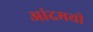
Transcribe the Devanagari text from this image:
आंदमयी